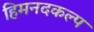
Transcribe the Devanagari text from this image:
हिमनदकल्प